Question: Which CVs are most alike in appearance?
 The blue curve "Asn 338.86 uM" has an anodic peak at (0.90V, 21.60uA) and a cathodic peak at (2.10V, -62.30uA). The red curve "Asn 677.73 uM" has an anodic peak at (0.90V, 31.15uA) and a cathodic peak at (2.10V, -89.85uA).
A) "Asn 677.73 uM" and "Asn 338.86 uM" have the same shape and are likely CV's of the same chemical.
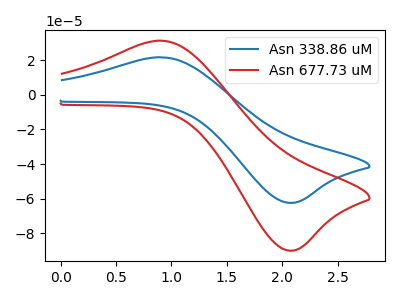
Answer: <think>All the peaks in "Asn 338.86 uM" have a peak in "Asn 677.73 uM" at the same potential. Every peak in "Asn 338.86 uM" is lower than every peak in "Asn 677.73 uM".
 </think>
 <answer>A) "Asn 677.73 uM" and "Asn 338.86 uM" have the same shape and are likely CV's of the same chemical.</answer>
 <eval>A</eval>